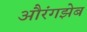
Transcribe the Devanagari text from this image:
औरंगझेब